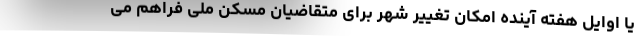
یا اوایل هفته آینده امکان تغییر شهر برای متقاضیان مسکن ملی فراهم می